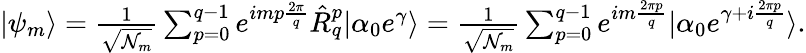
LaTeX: \begin{array}{r}{|\psi_{m}\rangle=\frac{1}{\sqrt{\mathcal{N}_{m}}}\sum_{p=0}^{q-1}e^{imp\frac{2\pi}{q}}\hat{R}_{q}^{p}|\alpha_{0}e^{\gamma}\rangle=\frac{1}{\sqrt{\mathcal{N}_{m}}}\sum_{p=0}^{q-1}e^{im\frac{2\pi p}{q}}|\alpha_{0}e^{\gamma+i\frac{2\pi p}{q}}\rangle.}\end{array}